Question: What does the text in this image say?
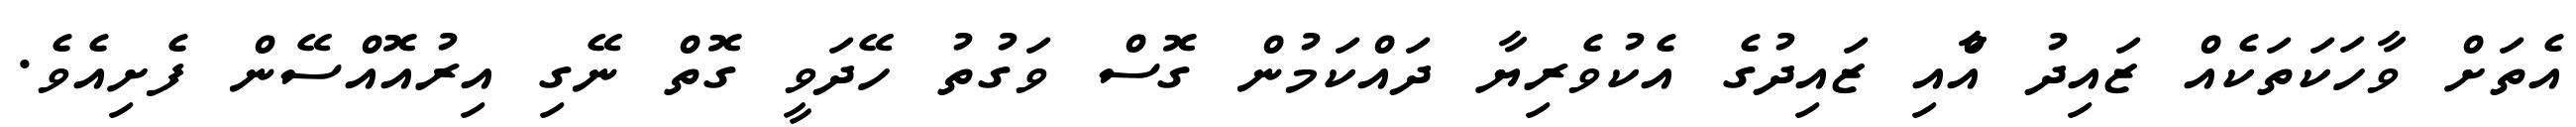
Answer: އެތަށް ވާހަކަތަކެއް ޒައިދު އާްއި ޒައިދުގެ އެކުވެރިޔާ ދައްކަމުން ގޮސް ވަގުތު ހޭދަވީ ގޮތް ނޭގި އިރުއޮއްސޭން ފެށިއެވެ.